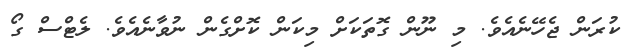
ކުރަން ޖެހޭނެއެވެ. މި ނޫން ގޮތަކަށް މިކަން ކޮށްގެން ނުވާނެއެވެ. ލެޓްސް ގޯ